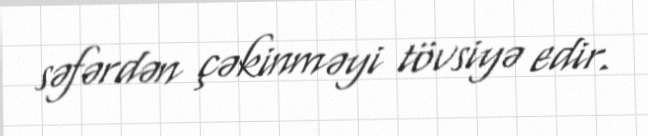
səfərdən çəkinməyi tövsiyə edir.